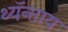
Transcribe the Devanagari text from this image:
थ्यॅन्ताय